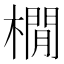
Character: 橌